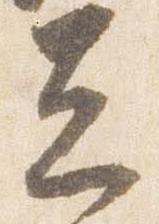
立